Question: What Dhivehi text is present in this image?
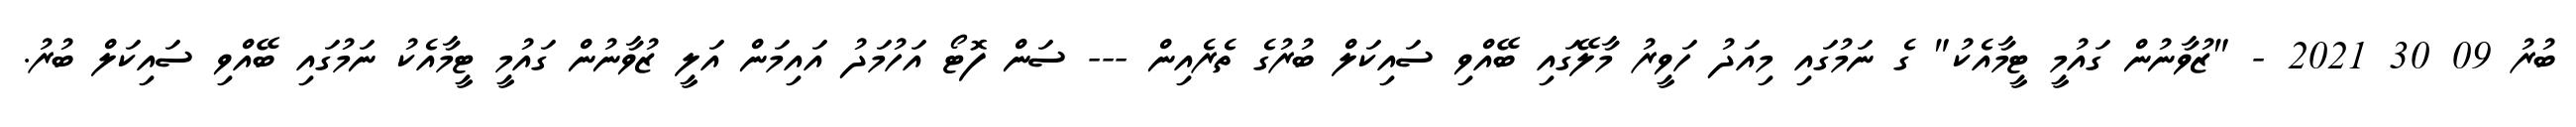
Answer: ބުރު 09 30 2021 - "ޒުވާނުން ގައުމީ ޓީމާއެކު" ގެ ނަމުގައި މިއަދު ހަވީރު މާލޭގައި ބޭއްވި ސައިކަލް ބުރުގެ ތެރެއިން --- ސަން ފޮޓޯ އަހުމަދު އައިމަން އަލީ ޒުވާނުން ގައުމީ ޓީމާއެކު ނަމުގައި ބޭއްވި ސައިކަލް ބުރު.